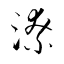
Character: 潦